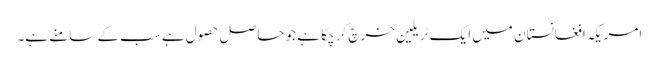
امریکہ افغانستان میں ایک ٹریلین خرچ کر چکا ہے جو حاصل حصول ہے سب کے سامنے ہے۔